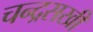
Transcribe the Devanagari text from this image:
चन्द्रसखी